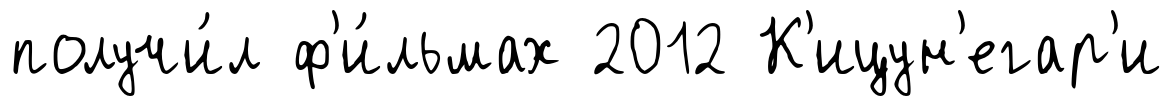
получи́л ф'и́льмах 2012 К'ицун'егар'и